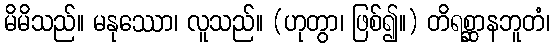
မိမိသည်။ မနုဿော၊ လူသည်။ (ဟုတွာ၊ ဖြစ်၍။) တိရစ္ဆာနဘူတံ၊